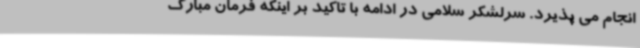
انجام می پذیرد. سرلشکر سلامی در ادامه با تاکید بر اینکه فرمان مبارک